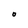
Character: O